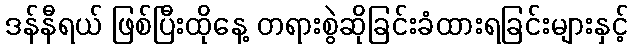
ဒန်နီရယ် ဖြစ်ပြီးထိုနေ့ တရားစွဲဆိုခြင်းခံထားရခြင်းများနှင့်